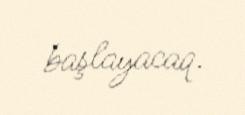
başlayacaq.